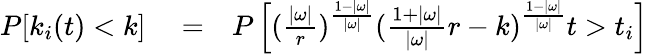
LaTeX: \begin{array}{rlr}{P[k_{i}(t)<k]}&{{}=}&{P\left[(\frac{|\omega|}{r})^{\frac{1-|\omega|}{|\omega|}}(\frac{1+|\omega|}{|\omega|}r-k)^{\frac{1-|\omega|}{|\omega|}}t>t_{i}\right]}\end{array}